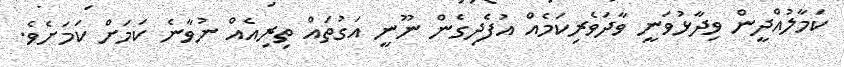
ކަމާލުއްދީން ވިދާޅުވަނީ ވާދަވެރިކަމެއް އުފެދިގެން ނޫނީ އަގުތައް ތިރިއެއް ނުވާނެ ކަމަށް ކަމަށެވެ.